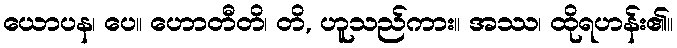
ယောပန၊ ပေ။ ဟောတီတိ၊ တိ, ဟူသည်ကား။ အဿ၊ ထိုရဟန်း၏။